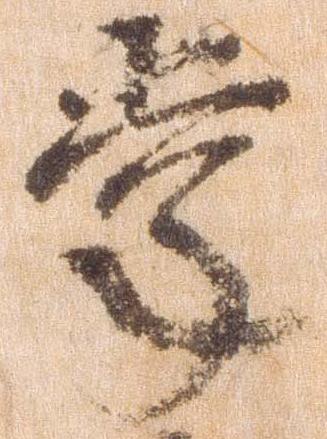
掌